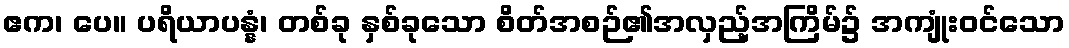
ဧက၊ ပေ။ ပရိယာပန္နံ၊ တစ်ခု နှစ်ခုသော စိတ်အစဉ်၏အလှည့်အကြိမ်၌ အကျုံးဝင်သော